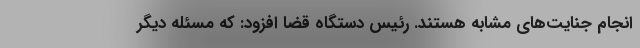
انجام جنایت‌های مشابه هستند. رئیس دستگاه قضا افزود: که مسئله دیگر